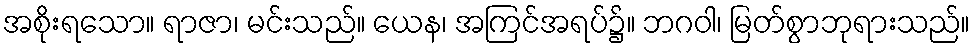
အစိုးရသော။ ရာဇာ၊ မင်းသည်။ ယေန၊ အကြင်အရပ်၌။ ဘဂဝါ၊ မြတ်စွာဘုရားသည်။